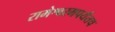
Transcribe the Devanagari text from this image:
रामेश्वरमपर्यंतच